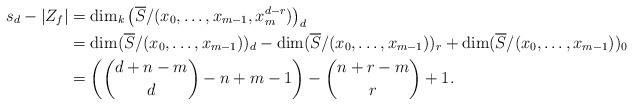
LaTeX: \begin{align*}s_d - | Z_f| &=\dim_k \left( \overline{S}/(x_0, \dots, x_{m-1},x_m^{d-r})\right)_d\\&=\dim ( \overline{S}/(x_0, \dots, x_{m-1}))_d - \dim ( \overline{S}/(x_0, \dots, x_{m-1}))_{r} + \dim ( \overline{S}/(x_0, \dots, x_{m-1}))_0\\&=\left( \binom{d+n-m}{d} -n+m-1 \right)- \binom{n+r-m}{r}+1.\end{align*}